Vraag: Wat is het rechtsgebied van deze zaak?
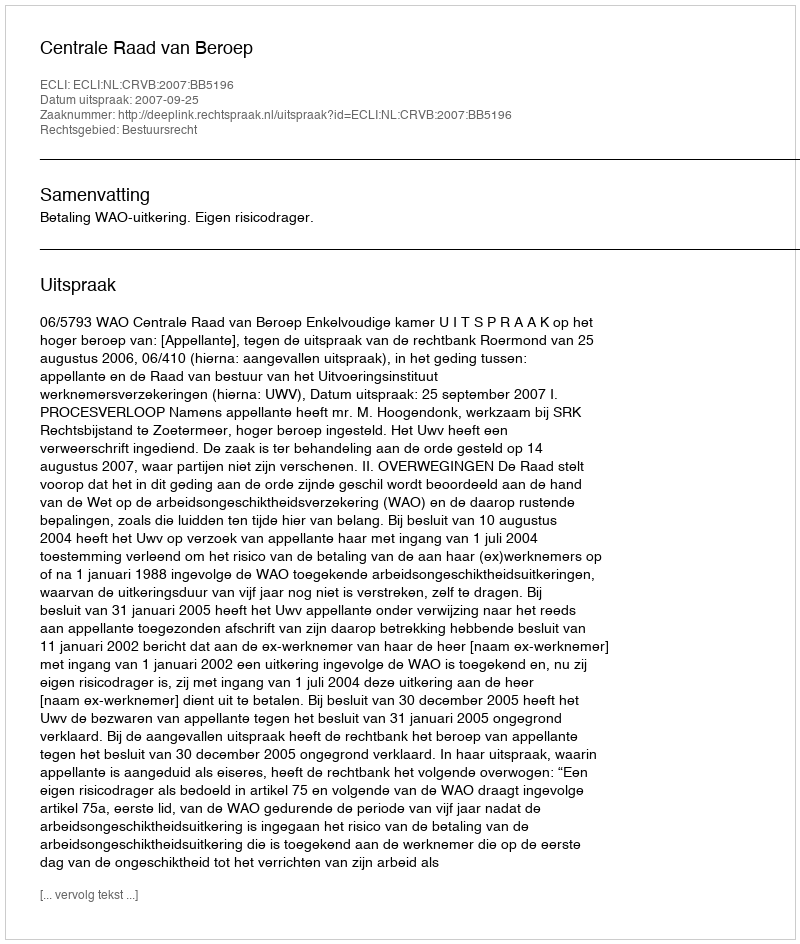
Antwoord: Bestuursrecht